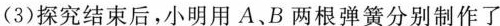
(3)探究结束后，小明用A、B两根弹簧分别制作了